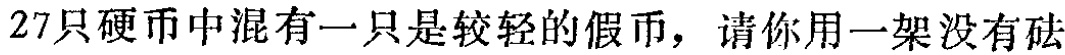
$27只硬币中混有一只是较轻的假币，请你用一架没有砝$